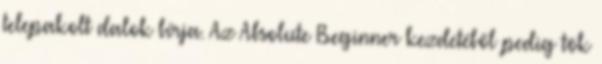
telepakolt dalok bírja. Az Absolute Beginner kezdetéből pedig tök